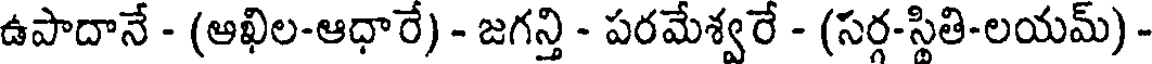
ఉపాదానే - (ఆఖిల-ఆధారే) - జగన్తి - పరమేశ్వరే - (సర్గ-స్థితి-లయమ్) -